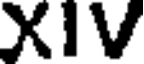
XIV